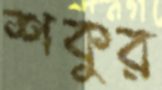
শকুর